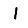
Digit: 1